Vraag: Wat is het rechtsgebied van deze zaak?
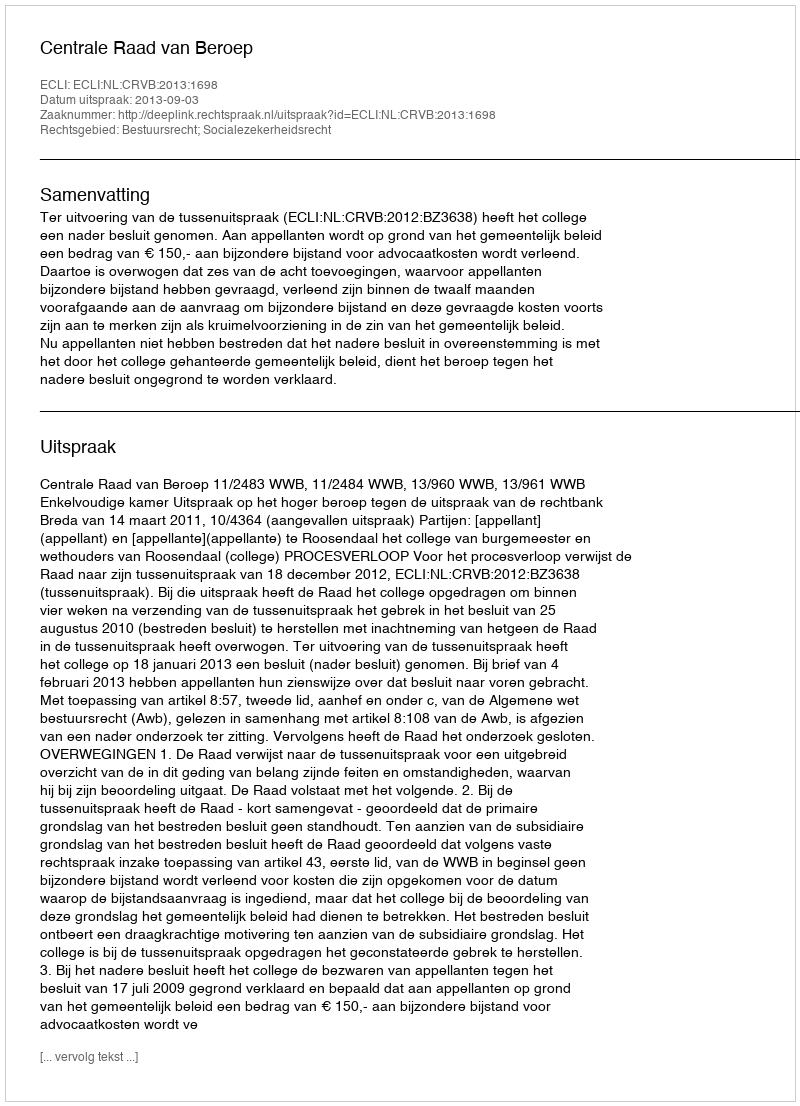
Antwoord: Bestuursrecht; Socialezekerheidsrecht